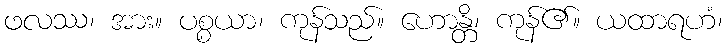
ဖလဿ၊ အား။ ပစ္စယာ၊ ကုန်သည်။ ဟောန္တိ၊ ကုန်၏။ ယထာရဟံ၊